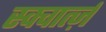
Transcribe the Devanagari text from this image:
स्क्वार्त्ज़